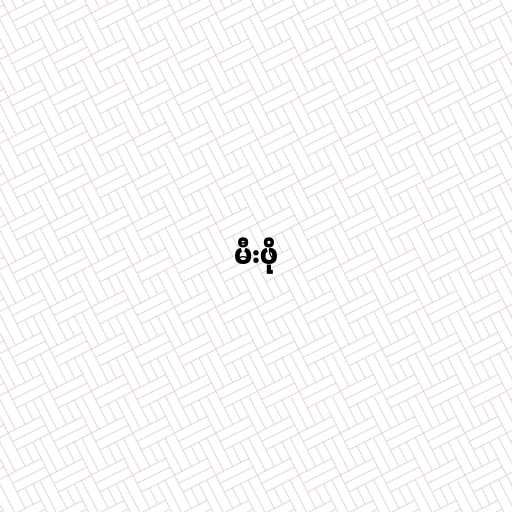
မီးဖို